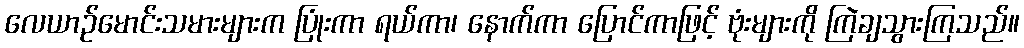
လေယာဉ်မောင်းသမားများက ပြုံးကာ ရယ်ကာ၊ နောက်ကာ ပြောင်ကာဖြင့် ဗုံးများကို ကြဲချသွားကြသည်။